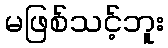
မဖြစ်သင့်ဘူး